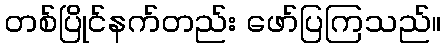
တစ်ပြိုင်နက်တည်း ဖော်ပြကြသည်။